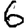
Digit: 6